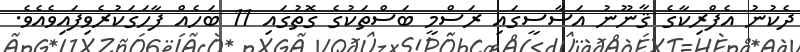
ދެކުނު އެފްރިކާގެ ޤާނޫނު އަސާސީގައި ރަސްމީ ބަސްތަކުގެ ގޮތުގައި 11 ބަހެއް ފާހަގަކުރެވިފައިވެއެވެ.